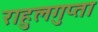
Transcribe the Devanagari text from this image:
राहुलगुप्ता